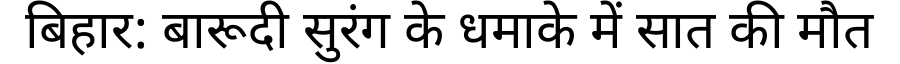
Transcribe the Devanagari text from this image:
बिहार: बारूदी सुरंग के धमाके में सात की मौत